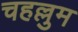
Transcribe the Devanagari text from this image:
चहल्लुम